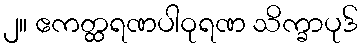
၂။ ဧကတ္ထရဏပါဝုရဏ သိက္ခာပုဒ်